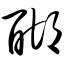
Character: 醐